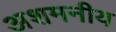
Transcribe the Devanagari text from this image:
अशमनीय